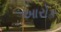
આરોક